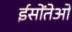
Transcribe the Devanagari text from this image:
ईसोंतेओ